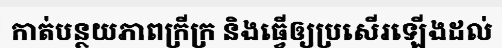
កាត់បន្ថយភាពក្រីក្រ និងធ្វើឲ្យប្រសើរឡើងដល់